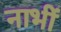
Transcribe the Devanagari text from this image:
नाभीं